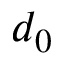
d _ { 0 }